Civil Veterinary Dept. Assam report 1911-1927 - 1911-1927
Year: 1911
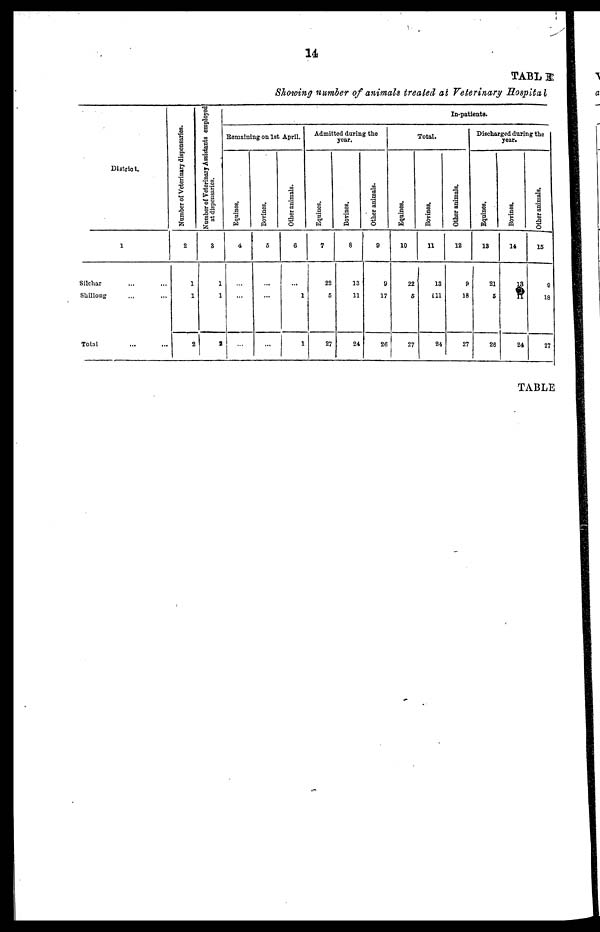
14
TABLE
Showing number of animals treated at Veterinary Hospital
District.
1
Silchar ... ...
Shillong ... ...
Total ... ...
Number of Veterinary dispensaries.
2
1
1
2
Number of Veterinary Assistants employed
at dispensaries.
3
1
1
2
In-patients.
Remaining on 1st April.
Equines,
4
...
...
...
Bovines.
5
...
...
...
Other animals.
6
...
1
1
Admitted during the
year.
Eqnines.
7
22
6
27
Bovines.
8
13
11
24
Other animals.
9
9
17
26
Total.
Equines.
10
22
5
27
Bovines.
11
13
111
24
Other animals.
12
9
18
27
Discharged during the
year.
Eqnines.
13
21
5
26
Bovines.
14
13
11
24
Other animals.
15
9
18
27
TABLE